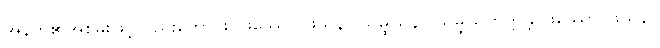
အနက်၏အစွမ်းဖြင့်လည်းကောင်း။ ဖဿော၊ ဖုသနာ သမ္ဖုသနာ သမ္ဖုသိတတ္တန္တိ၊ ဖဿော၊ ဖုသနာ